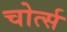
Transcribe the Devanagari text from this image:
चोर्त्स